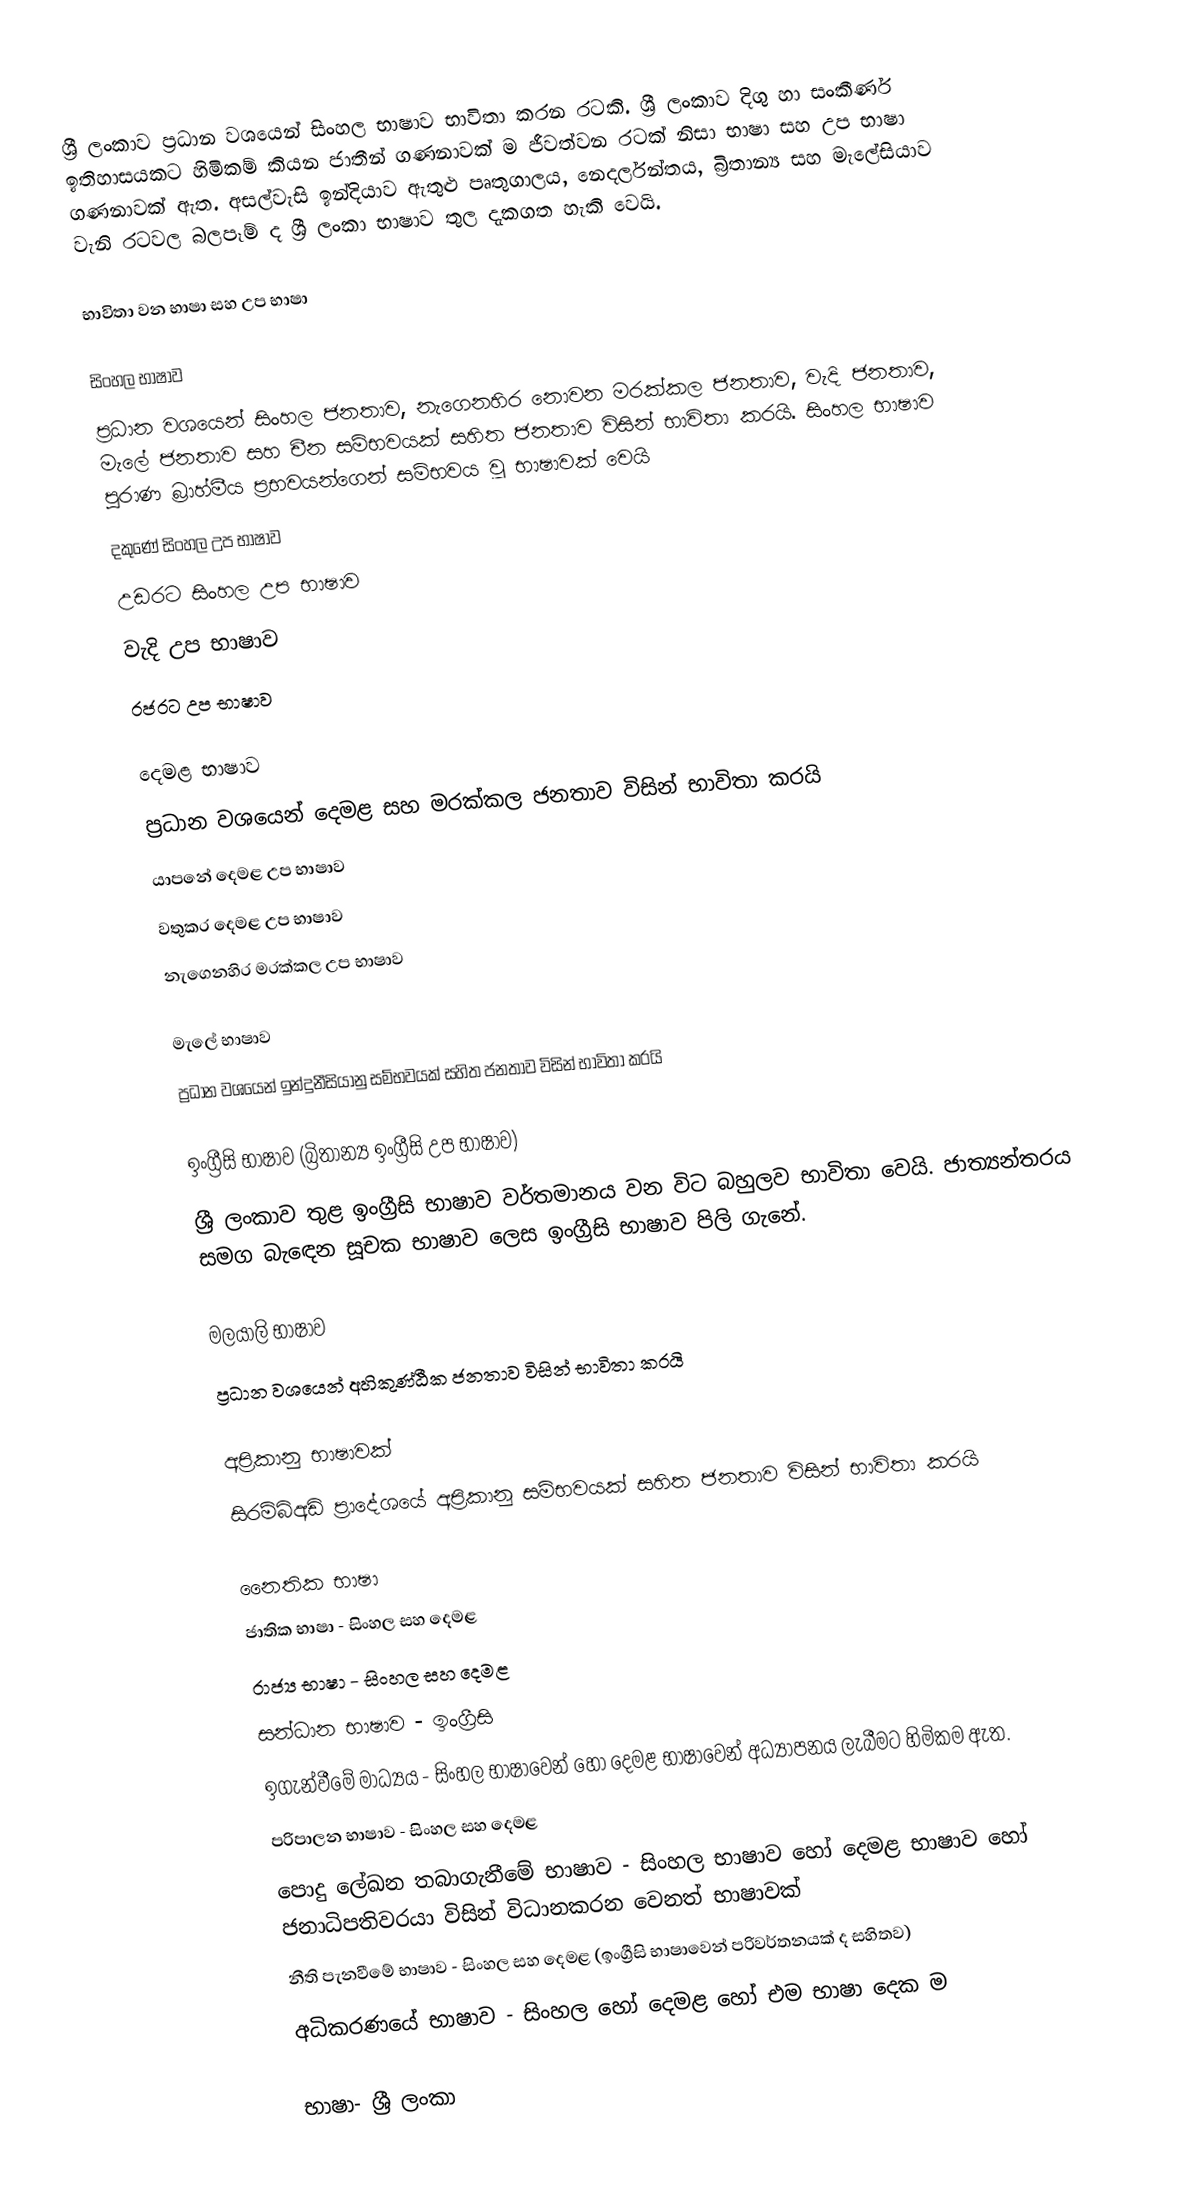
ශ්‍රී ලංකාව ප්‍රධාන වශයෙන් සිංහල භාෂාව භාවිතා කරන රටකි. ශ්‍රී ලංකාව දිගු හා සංකීර්ණ ඉතිහාසයකට හිමිකම් කියන ජාතීන් ගණනාවක් ම ජීවත්වන රටක් නිසා භාෂා සහ උප භාෂා ගණනාවක් ඇත. අසල්වැසි ඉන්දියාව ඇතුළු පෘතුගාලය, නෙදර්ලන්තය, බ්‍රිතාන්‍ය සහ මැලේසියාව වැනි රටවල බලපෑම් ද ශ්‍රී ලංකා භාෂාව තුල දැකගත හැකි වෙයි.

භාවිතා වන භාෂා සහ උප භාෂා

සිංහල භාෂාව
ප්‍රධාන වශයෙන් සිංහල ජනතාව, නැගෙනහිර නොවන මරක්කල ජනතාව, වැදි ජනතාව, මැලේ ජනතාව සහ චීන සම්භවයක් සහිත ජනතාව විසින් භාවිතා කරයි. සිංහල භාෂාව පුරාණ බ්‍රාහ්මීය ප්‍රභවයන්ගෙන් සම්භවය වූ භාෂාවක් වෙයි
 දකුණේ සිංහල උප භාෂාව
 උඩරට සිංහල උප භාෂාව
 වැදි උප භාෂාව
 රජරට උප භාෂාව

දෙමළ භාෂාව
ප්‍රධාන වශයෙන් දෙමළ සහ මරක්කල ජනතාව විසින් භාවිතා කරයි
 යාපනේ දෙමළ උප භාෂාව
 වතුකර දෙමළ උප භාෂාව
 නැගෙනහිර මරක්කල උප භාෂාව

මැලේ භාෂාව
ප්‍රධාන වශයෙන් ඉන්දුනීසියානු සම්භවයක් සහිත ජනතාව විසින් භාවිතා කරයි

ඉංග්‍රීසි භාෂාව (බ්‍රිතාන්‍ය ඉංග්‍රීසි උප භාෂාව)
ශ්‍රී ලංකාව තුළ ඉංග්‍රීසි භාෂාව වර්තමානය වන විට බහුලව භාවිතා වෙයි. ජාත්‍යන්තරය සමග බැඳෙන සූචක භාෂාව ලෙස ඉංග්‍රීසි භාෂාව පිලි ගැනේ.

මලයාලි භාෂාව
ප්‍රධාන වශයෙන් අහිකුණ්ඨීක ජනතාව විසින් භාවිතා කරයි

අප්‍රිකානු භාෂාවක්
සිරම්බිඅඩි ප්‍රාදේශයේ අප්‍රිකානු සම්භවයක් සහිත ජනතාව විසින් භාවිතා කරයි

නෛතික භාෂා
 ජාතික භාෂා - සිංහල සහ දෙමළ
 රාජ්‍ය භාෂා - සිංහල සහ දෙමළ
 සන්ධාන භාෂාව - ඉංග්‍රීසි
 ඉගැන්වීමේ මාධ්‍යය - සිංහල භාෂාවෙන් හෝ දෙමළ භාෂාවෙන් අධ්‍යාපනය ලැබීමට හිමිකම ඇත.
 පරිපාලන භාෂාව - සිංහල  සහ දෙමළ
 පොදු ලේඛන තබාගැනීමේ භාෂාව - සිංහල  භාෂාව හෝ දෙමළ භාෂාව හෝ ජනාධිපතිවරයා විසින් විධානකරන වෙනත් භාෂාවක්
 නීති පැනවීමේ භාෂාව - සිංහල සහ දෙමළ  (ඉංග්‍රීසි භාෂාවෙන් පරිවර්තනයක් ද සහිතව)
 අධිකරණයේ භාෂාව - සිංහල හෝ දෙමළ හෝ එම භාෂා දෙක ම

භාෂා- ශ්‍රී ලංකා